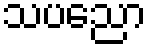
သပညော